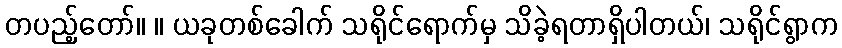
တပည့်တော်။ ။ ယခုတစ်ခေါက် သရိုင်ရောက်မှ သိခဲ့ရတာရှိပါတယ်၊ သရိုင်ရွာက